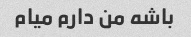
باشه من دارم میام